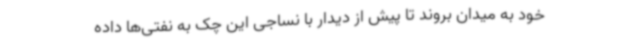
خود به میدان بروند تا پیش از دیدار با نساجی این چک به نفتی‌ها داده